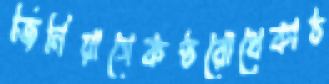
জিনিয়াসেকণ্ঠরোধেকাঠ